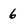
Character: 6